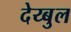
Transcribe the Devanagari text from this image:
देय्बुल